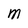
Character: M